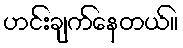
ဟင်းချက်နေတယ်။